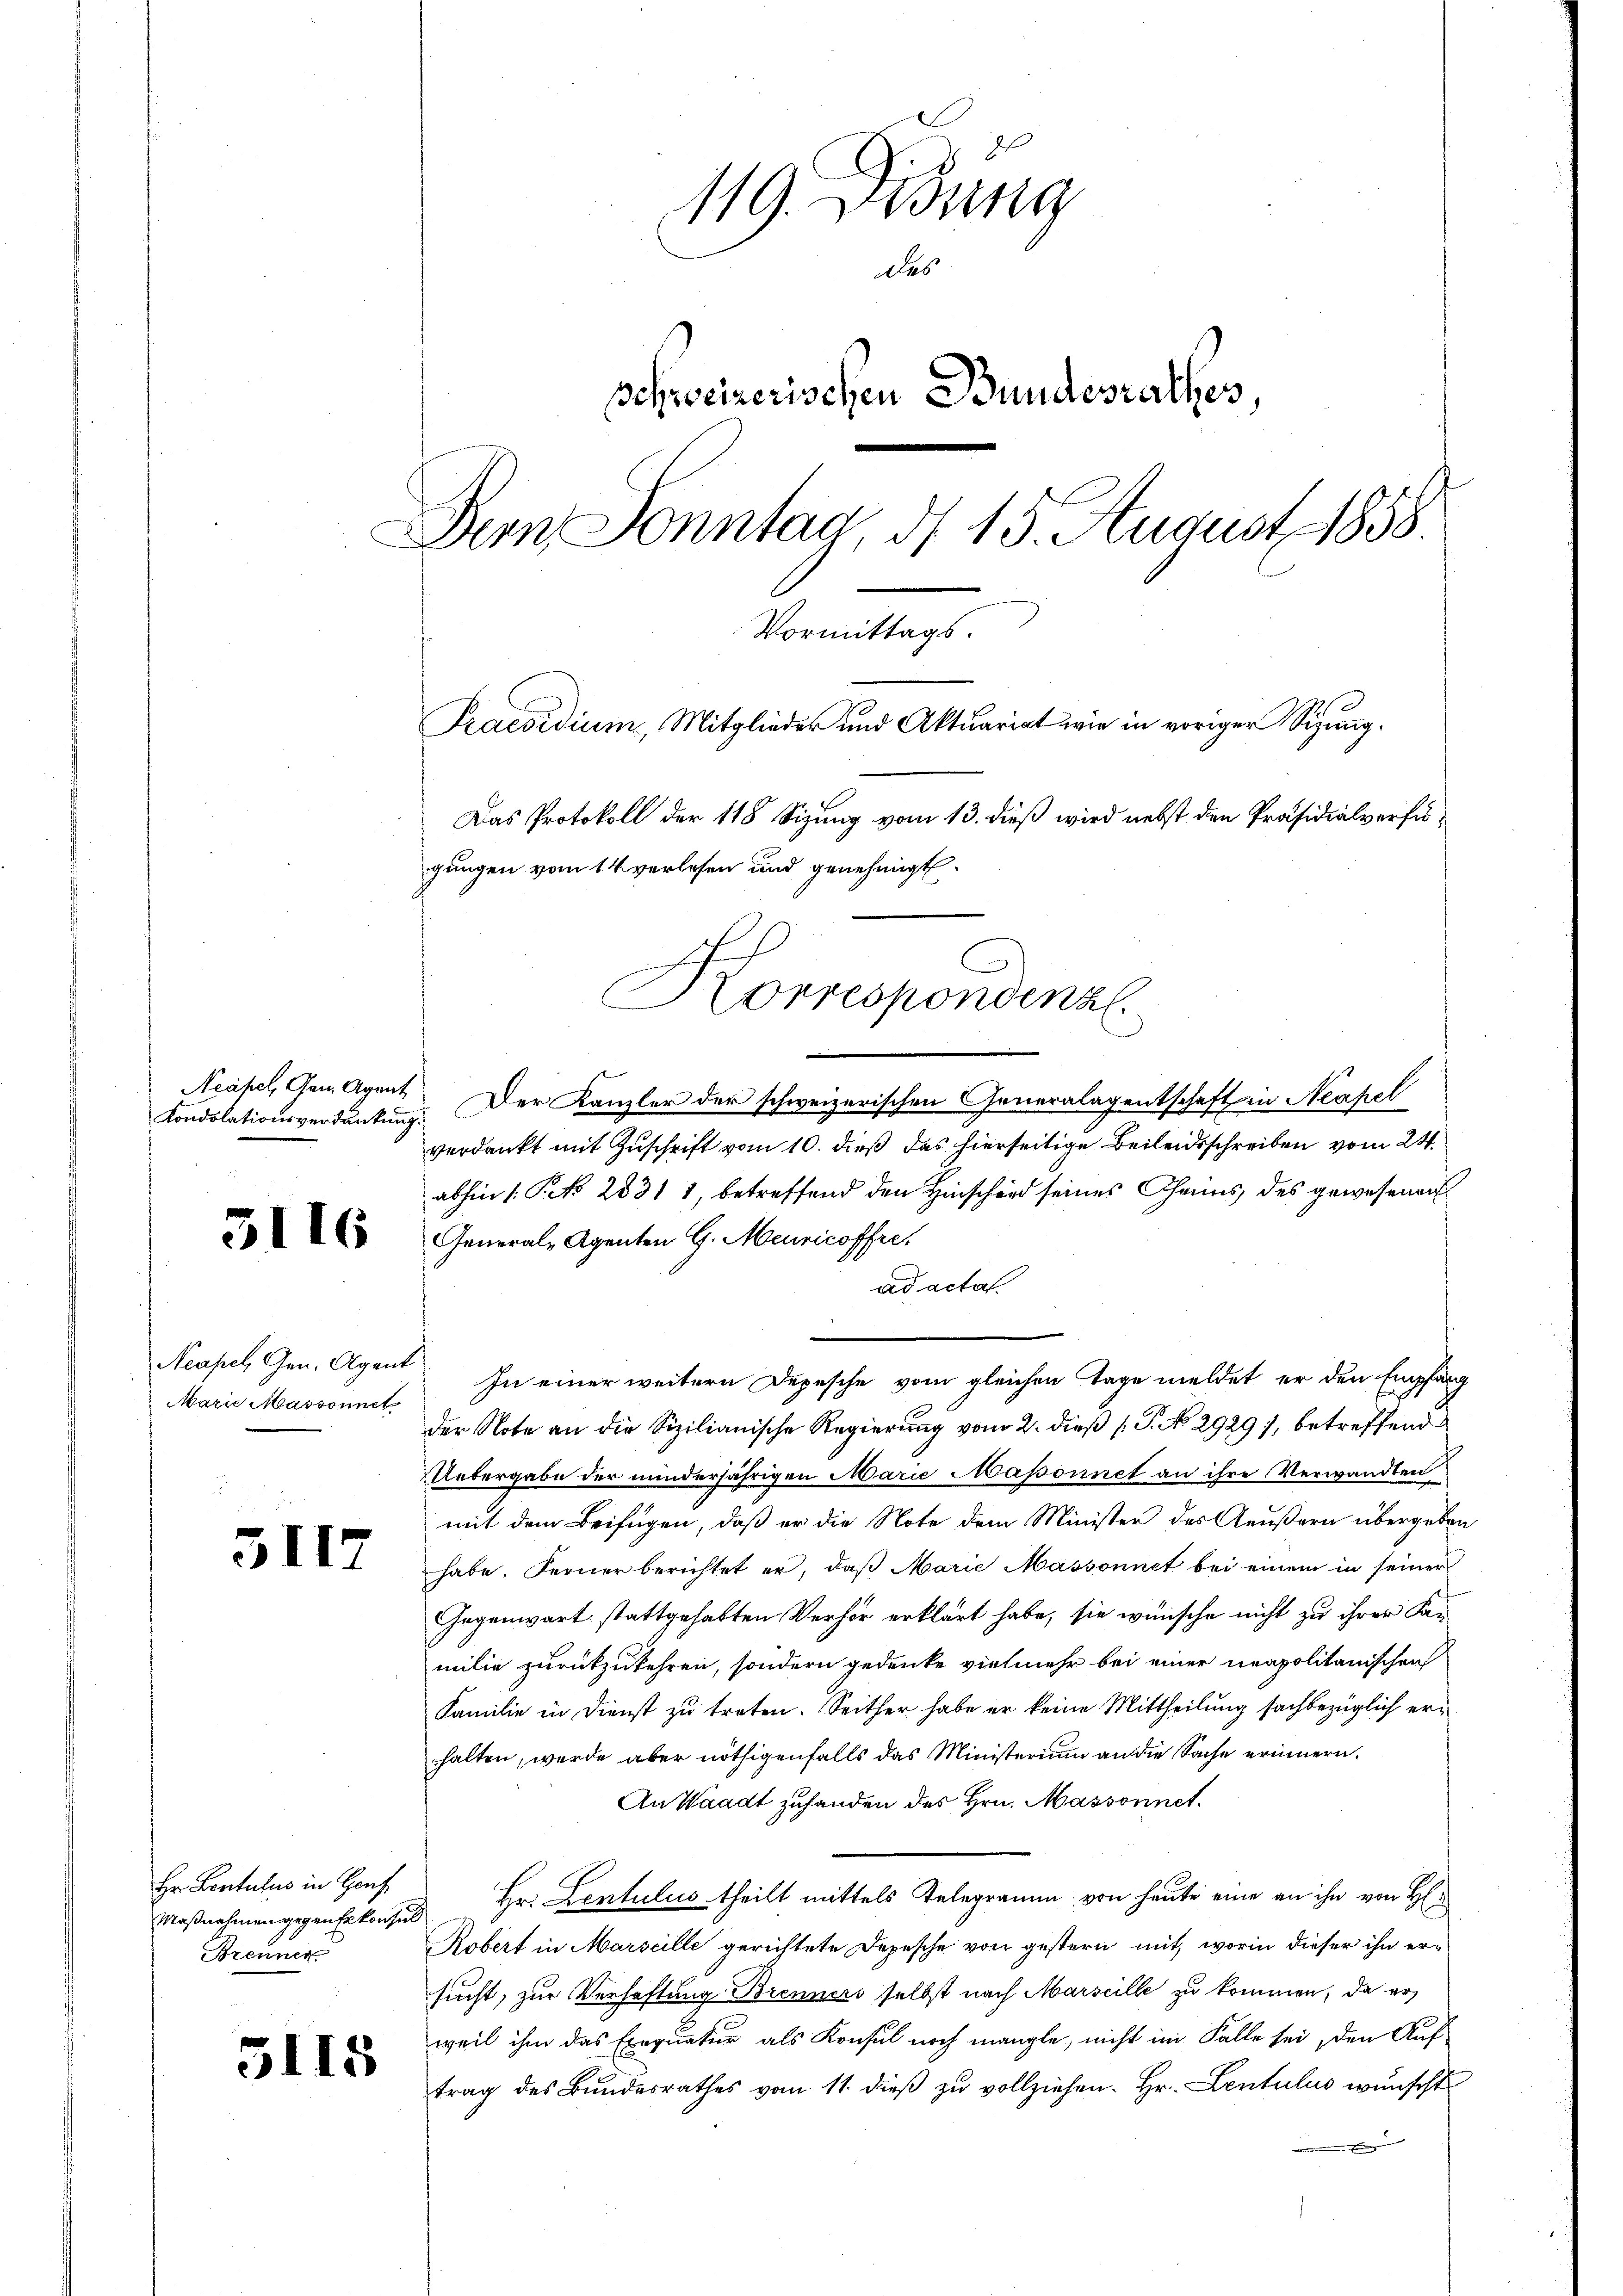
Neapel, Gen. Agent

3116

Marie Massonnet

3117

Hr Kentulus in Hauf
Brenner

3115

119. Didung
Des
schweizerischen Bundesrathes,
Dem Sonntag, d. 15. August 1858.
Stammlung
Praesidium, Mitglieder und Aktuariat wie in voriger Sizung.
Das Protokoll der 118 Sizung vom 13. dieß wird nebst den Präsidialverfügungen vom 14. verlesen und genehmigt.

Korrespondenzl

Condolationsverdankung. Der Kanzler der schweizerischen Generalagentschaft in Neapel
verdankt mit Zuschrift vom 10. dieß das hierseitige Beileidsschreiben vom 24.
abhin 1 S. 2831 1, betreffend den Hinschard seines Chens des gewesener
General-Agenten G. Meuricoffre
ad acta
Neapel Gen. Agent. In einer weitern Depesche vom gleichen Tage meldet er den Empfang
der Note an die Sizilianische Regierung vom 2. dieß (T. No. 2929), betreffend
UUebergabe der minderjährigen Marie Masonnet an ihre Verwandten
mit dem Beifügen, daß er die Note dem Minister des Aeußern übergeben
habe. Ferner berichtet er, daß Marie Massonnet bei einem in seiner
Gegenwart stattgehabten Verhör erklärt habe, sie wünsche nicht zu ihrer Familie zurückzukehren, sondern gedenke vielmehr bei einer neapolitanischen
Familie in Dienst zu treten. Seither habe er keine Mittheilung sachbezüglich erhalten, werde aber nöthigenfalls das Ministerium an die Sache erinnern.
An Waadt zuhanden des Hrn. Massonnet.
Maßnahmen gegenhekonses Hr. Lentulies theilt mittels Telegramm, von heute eine an ihn von H
Robert in Marseille gerichtete Depesche von gestern mit, worin dieser ihn ersucht, zur Verhaftung Brenners selbst nach Marseille zu kommen, da er
weil ihm das Exequatur als Konsul noch mangle, nicht im Falle sei, den Auf-
trag des Bundesrathes vom 11. dieß zu vollziehen. Hr. Lentulus wünscht